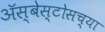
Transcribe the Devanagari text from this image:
ॲस्बेस्टोसच्या